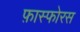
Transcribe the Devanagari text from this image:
फ़ास्फोरस